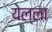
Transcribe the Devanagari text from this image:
येल्ला